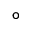
\circ